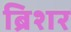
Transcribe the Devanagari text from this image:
ब्रिशर